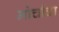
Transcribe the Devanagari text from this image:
मोर्चाचा